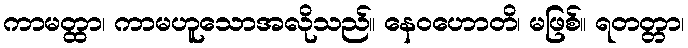
ကာမတ္ထာ၊ ကာမဟူသောအလိုသည်။ နေဝဟောတိ၊ မဖြစ်။ ရတတ္တာ၊